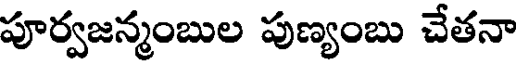
పూర్వజన్మంబుల పుణ్యంబు చేతనా